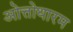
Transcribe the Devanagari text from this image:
ओत्तोथारम